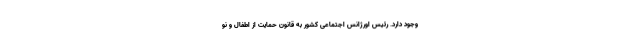
وجود دارد. رئیس اورژانس اجتماعی کشور به قانون حمایت از اطفال و نو